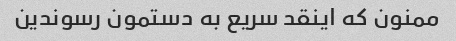
ممنون که اینقد سریع به دستمون رسوندین